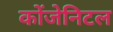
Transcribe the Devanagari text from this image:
कोंजेनिटल